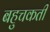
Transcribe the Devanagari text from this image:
बहुचकती